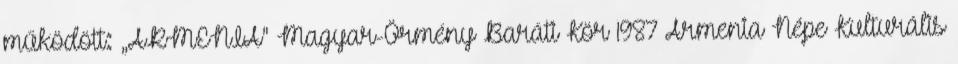
működött: „ARMENIA" Magyar-Örmény Baráti Kör 1987 Armenia Népe Kulturális